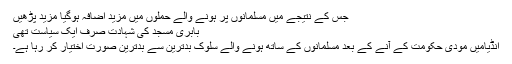
جس کے نتیجے میں مسلمانوں پر ہونے والے حملوں میں مزید اضافہ ہوگیا مزید پڑھیں
بابری مسجد کی شہادت صرف ایک سیاست تھی
انڈیامیں مودی حکومت کے آنے کے بعد مسلمانوں کے ساتھ ہونے والے سلوک بدترین سے بدترین صورت اختیار کر رہا ہے۔